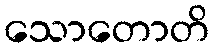
သောတောတိ